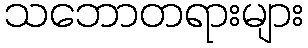
သဘောတရားများ